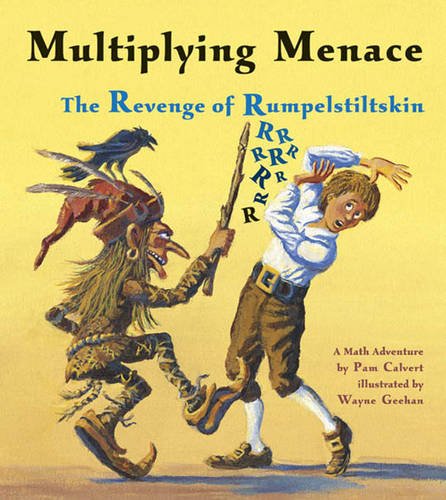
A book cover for Multiplying Menace: The Revenge of Rumpelstiltskin (A Math Adventure); Pam Calvert; Children's Books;